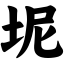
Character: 坭